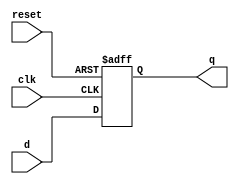
module register 
(
input wire clk,
input wire reset,
input wire [6:0] d,
output reg [6:0] q
);
always @(posedge clk, posedge reset)
begin
if (reset)
q <= 7'b0000000;
else
q <= d; 
end
endmodule